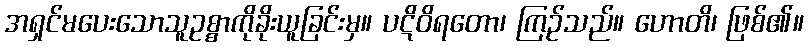
အရှင်မပေးသောသူဥစ္စာကိုခိုးယူခြင်းမှ။ ပဋိဝိရတော၊ ကြဉ်သည်။ ဟောတိ၊ ဖြစ်၏။